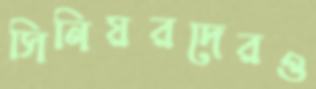
সিনিয়রদেরও